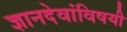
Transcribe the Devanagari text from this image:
ज्ञानदेवांविषयी